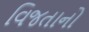
વિજતાનો